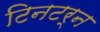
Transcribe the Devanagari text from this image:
टिनटर्न